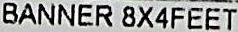
BANNER 8X4FEET